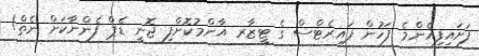
ފަށައިފިއެންމެ ފަހުން ޕައިރެޓްސް ގެ ޓީޒާރ އާންމުކޮށްފި ޖޮނީ ޑެޕް ފެންނާކަށް ނެތް!